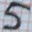
Text: 5